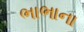
ભાભાના